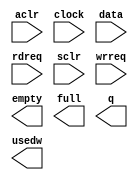
module svm_vut_scfifo_3528x32 (
	aclr,
	clock,
	data,
	rdreq,
	sclr,
	wrreq,
	empty,
	full,
	q,
	usedw);

	input	  aclr;
	input	  clock;
	input	[3297:0]  data;
	input	  rdreq;
	input	  sclr;
	input	  wrreq;
	output	  empty;
	output	  full;
	output	[3297:0]  q;
	output	[4:0]  usedw;

endmodule